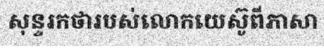
សុន្ទរកថារបស់លោកយេស៊ូពីភាសា